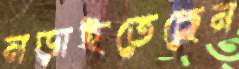
নড়াইতেছেন